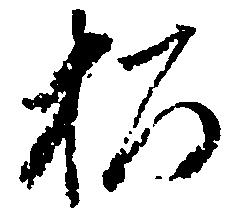
松